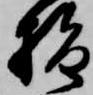
指